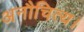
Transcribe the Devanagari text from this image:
अनौचित्य।